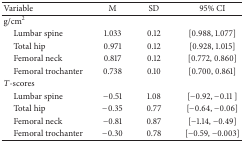
<table><thead><tr><td><b>Variable</b></td><td><b>M</b></td><td><b>SD</b></td><td><b>95% CI</b></td></tr></thead><tbody><tr><td>g/cm<sup>2</sup></td><td> </td><td> </td><td> </td></tr><tr><td> Lumbar spine</td><td>1.033</td><td> 0.12</td><td>[0.988, 1.077]</td></tr><tr><td> Total hip</td><td>0.971</td><td> 0.12</td><td>[0.928, 1.015]</td></tr><tr><td> Femoral neck</td><td>0.817</td><td> 0.12</td><td>[0.772, 0.860]</td></tr><tr><td> Femoral trochanter</td><td>0.738</td><td> 0.10</td><td>[0.700, 0.861]</td></tr><tr><td><i>T</i>-scores</td><td> </td><td> </td><td> </td></tr><tr><td> Lumbar spine</td><td>−0.51</td><td>1.08</td><td>[−0.92, −0.11 ]</td></tr><tr><td> Total hip</td><td>−0.35</td><td>0.77</td><td>[−0.64, −0.06]</td></tr><tr><td> Femoral neck</td><td>−0.81</td><td>0.87</td><td>[−1.14, −0.49]</td></tr><tr><td> Femoral trochanter</td><td>−0.30</td><td>0.78</td><td>[−0.59, −0.003]</td></tr></tbody></table>